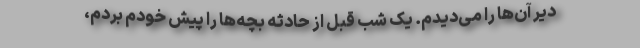
دیر آن‌ها را می‌دیدم. یک شب قبل از حادثه بچه‌ها را پیش خودم بردم،